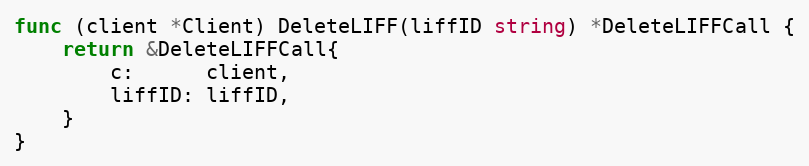
Language: Go
func (client *Client) DeleteLIFF(liffID string) *DeleteLIFFCall {
	return &DeleteLIFFCall{
		c:      client,
		liffID: liffID,
	}
}